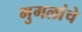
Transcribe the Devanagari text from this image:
मुगलांचे